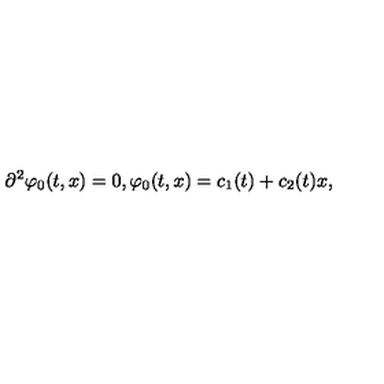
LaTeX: { \partial } ^ { 2 } { \varphi } _ { 0 } ( t , x ) = 0 , \varphi _ { 0 } ( t , x ) = c _ { 1 } ( t ) + c _ { 2 } ( t ) x ,